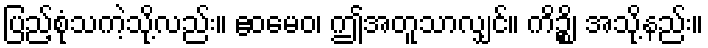
ပြည့်စုံသကဲ့သို့လည်း။ ဧဝမေဝ၊ ဤအတူသာလျှင်။ ကိဉ္စိ၊ အသို့နည်း။